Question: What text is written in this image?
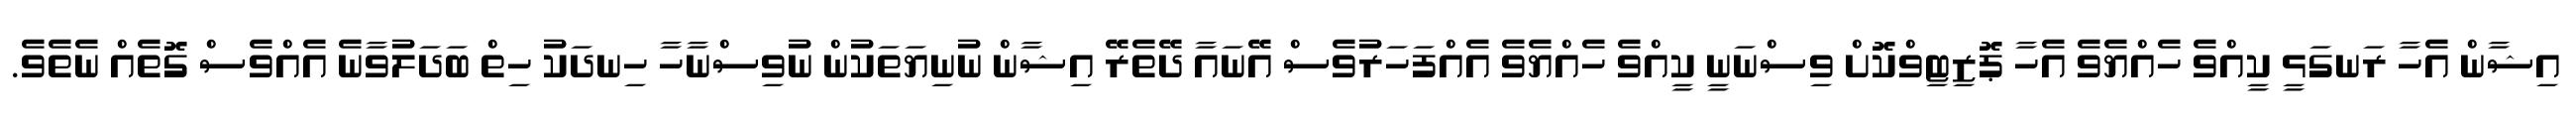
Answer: އިޝާން އެހާ ރަނގަޅީ ކީއްވެ ހެއްޔެވެ އެހާ ޕޮޒިޓިވްކޮށް ވިސްނަނީ ކީއްވެ ހެއްޔެވެ އެއްފަހަރުވެސް އޭނައާ ދޭތެރޭ އިޝާން ނުނިޔަތަކުން ނުވިސްނާހާ ހިނދަކު ހިތް ބަދަލުވާނެ އެއްވެސް ގޮތެއް ނެތެވެ.